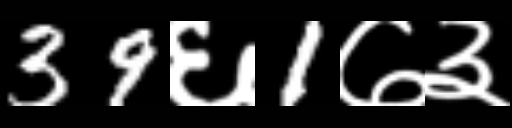
Text: 39६1७३